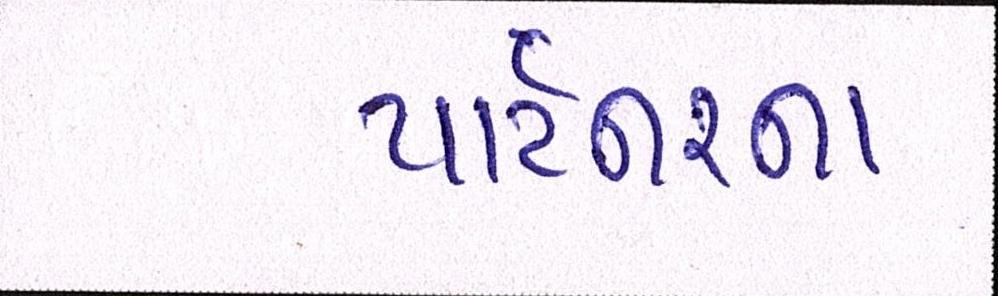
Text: પાર્ટનરના